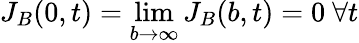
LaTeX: J_{B}(0,t)=\operatorname*{lim}_{b\rightarrow\infty}J_{B}(b,t)=0\ \forall t